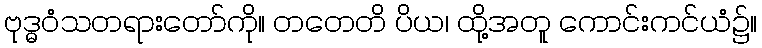
ဗုဒ္ဓဝံသတရားတော်ကို။ တတေတိ ပိယ၊ ထို့အတူ ကောင်းကင်ယံ၌။